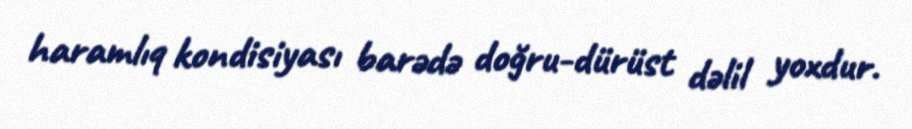
haramlıq kondisiyası barədə doğru-dürüst dəlil yoxdur.